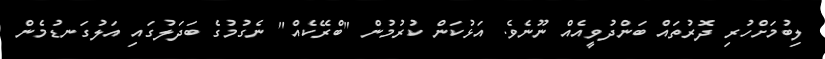
ލިބުމަށްހުރި ދޮރުތައް ބަންދުވީއެއް ނޫނެވެ. އަޅުކަން ކުރުމުން "ބްރޭކެއް" ނެގުމުގެ ބަދަލުގައި އަލުގަނޑުމެން